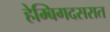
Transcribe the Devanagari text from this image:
हेम्बिगदसरात